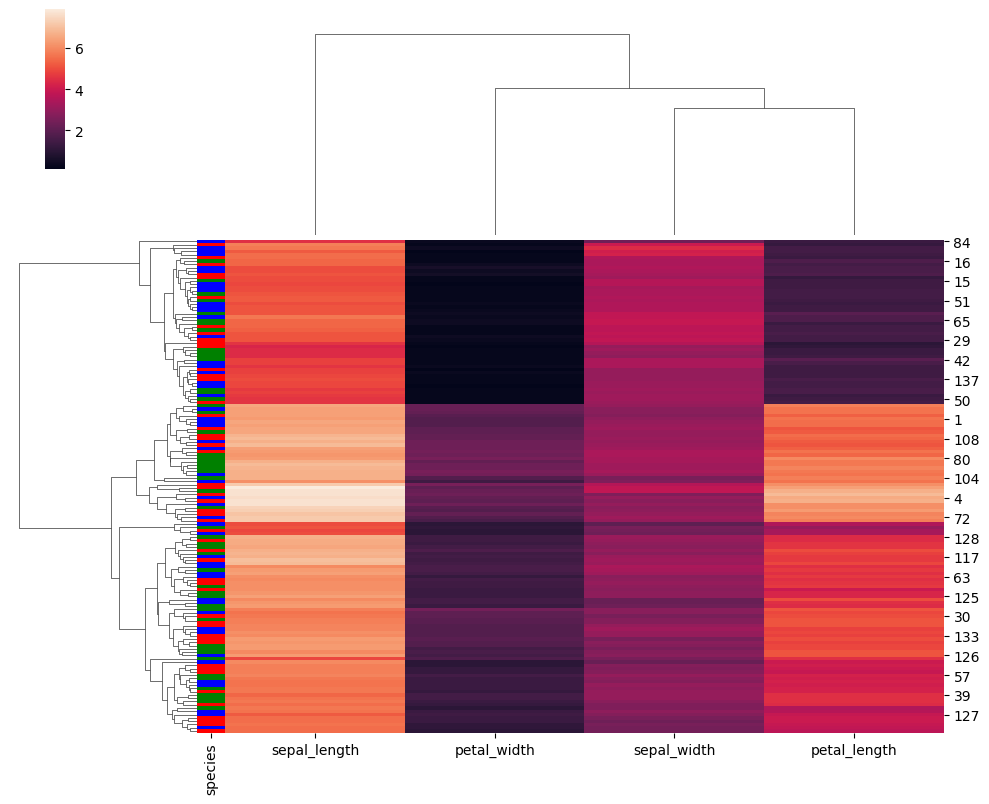
python, seaborn, clustermap, figsize=(10, 8), row_cluster=True, dendrogram_ratio=(0.2, 0.3), cbar_pos=(0.05, 0.8, 0.02, 0.2)